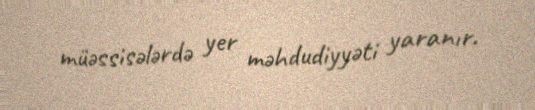
müəssisələrdə yer məhdudiyyəti yaranır.